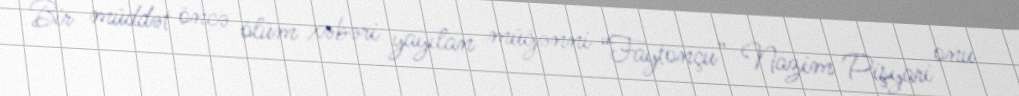
Bir müddət öncə ölüm xəbəri yayılan müğənni “Faytonçu” Nazim Pişyari onu